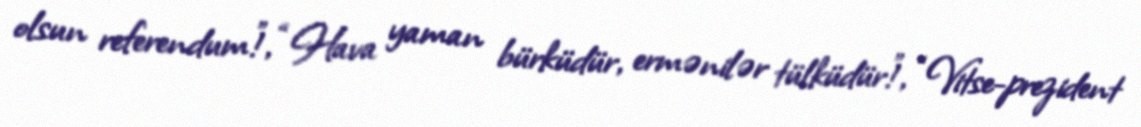
olsun referendum!”, “Hava yaman bürküdür, ermənilər tülküdür!”, “Vitse-prezident